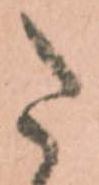
た